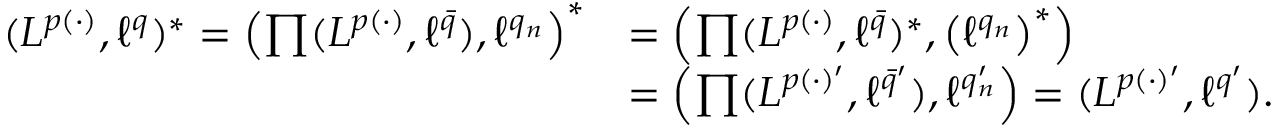
\begin{array} { r l } { ( L ^ { p ( \cdot ) } , \ell ^ { q } ) ^ { * } = \left( \prod ( L ^ { p ( \cdot ) } , \ell ^ { \bar { q } } ) , \ell ^ { q _ { n } } \right) ^ { * } } & { = \left( \prod ( L ^ { p ( \cdot ) } , \ell ^ { \bar { q } } ) ^ { * } , \left( \ell ^ { q _ { n } } \right) ^ { * } \right) } \\ & { = \left( \prod ( L ^ { p ( \cdot ) ^ { \prime } } , \ell ^ { \bar { q } ^ { \prime } } ) , \ell ^ { q _ { n } ^ { \prime } } \right) = ( L ^ { p ( \cdot ) ^ { \prime } } , \ell ^ { q ^ { \prime } } ) . } \end{array}